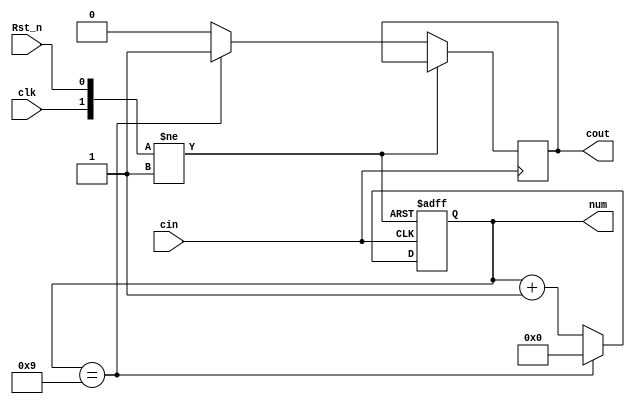
module counter(clk,cin,cout,num,Rst_n);//m15
input clk;//
input cin;//
input Rst_n;//
output reg cout=0;//
output reg [3:0] num=0;//,BCD

always@(posedge cin or posedge clk or negedge Rst_n)
if(!Rst_n) num=0;
else if(clk) num=0;//clk==0,0.5hz,2s,1s
else if(cin)begin
if(num==9) begin num<=0;cout<=1;end
else begin num<=num+1;cout<=0;end
end

endmodule